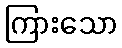
ကြားသော